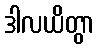
ဒါလယိတွာ